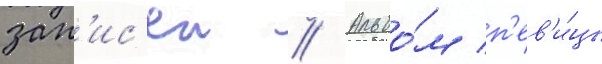
зап'ис'еи // Альбо́м п'ев'и́цы